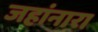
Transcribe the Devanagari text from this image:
जहांनारा